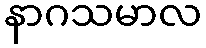
နာဂသမာလ